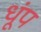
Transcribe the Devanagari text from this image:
धूंप